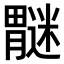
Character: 𫆿